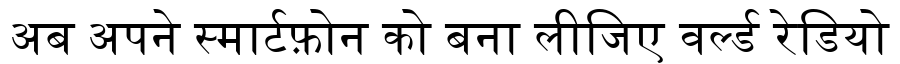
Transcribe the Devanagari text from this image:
अब अपने स्मार्टफ़ोन को बना लीजिए वर्ल्ड रेडियो